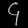
Digit: ၄